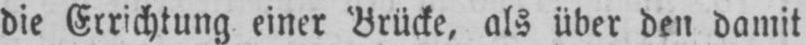
die Errichtung einer Brücke, als über den damit